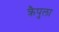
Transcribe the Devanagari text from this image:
क्रैपुला